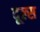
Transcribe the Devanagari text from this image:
दूल्स